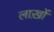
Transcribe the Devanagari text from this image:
लाख़ों